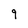
Character: 9